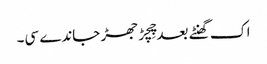
اک گھنٹے بعد چِچڑ جھڑ جاندے سی۔